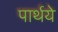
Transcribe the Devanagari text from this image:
पार्थये